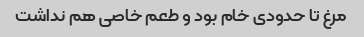
مرغ تا حدودی خام بود و طعم خاصی هم نداشت